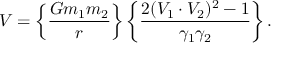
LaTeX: V = \left\{ { \frac { G m _ { 1 } m _ { 2 } } { r } } \right\} \left\{ { \frac { 2 ( V _ { 1 } \cdot V _ { 2 } ) ^ { 2 } - 1 } { \gamma _ { 1 } \gamma _ { 2 } } } \right\} .